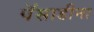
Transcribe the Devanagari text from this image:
पॅसाडीना